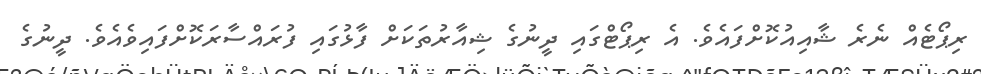
ރިޕޯޓެއް ނެރެ ޝާއިއުކޮށްފައެވެ. އެ ރިޕޯޓްގައި ދީނުގެ ޝިއާރުތަކަށް ފާޅުގައި ފުރައްސާރަކޮށްފައިވެއެވެ. ދީނުގެ